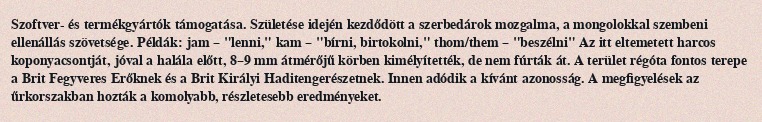
Szoftver- és termékgyártók támogatása. Születése idején kezdődött a szerbedárok mozgalma, a mongolokkal szembeni ellenállás szövetsége. Példák: jam – "lenni," kam – "bírni, birtokolni," thom/them – "beszélni" Az itt eltemetett harcos koponyacsontját, jóval a halála előtt, 8–9 mm átmérőjű körben kimélyítették, de nem fúrták át. A terület régóta fontos terepe a Brit Fegyveres Erőknek és a Brit Királyi Haditengerészetnek. Innen adódik a kívánt azonosság. A megfigyelések az űrkorszakban hozták a komolyabb, részletesebb eredményeket.